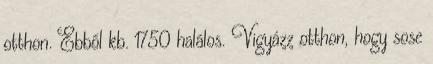
otthon. Ebből kb. 1750 halálos. Vigyázz otthon, hogy sose